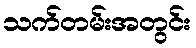
သက်တမ်းအတွင်း